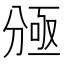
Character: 𠔠